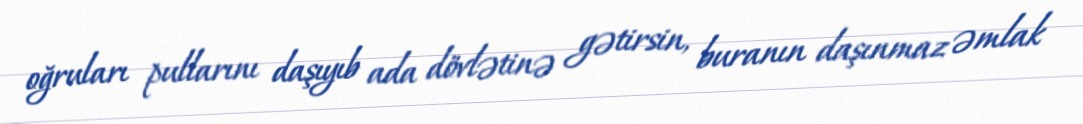
oğruları pullarını daşıyıb ada dövlətinə gətirsin, buranın daşınmaz əmlak